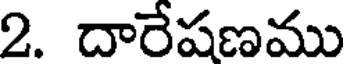
2. దారేషణము